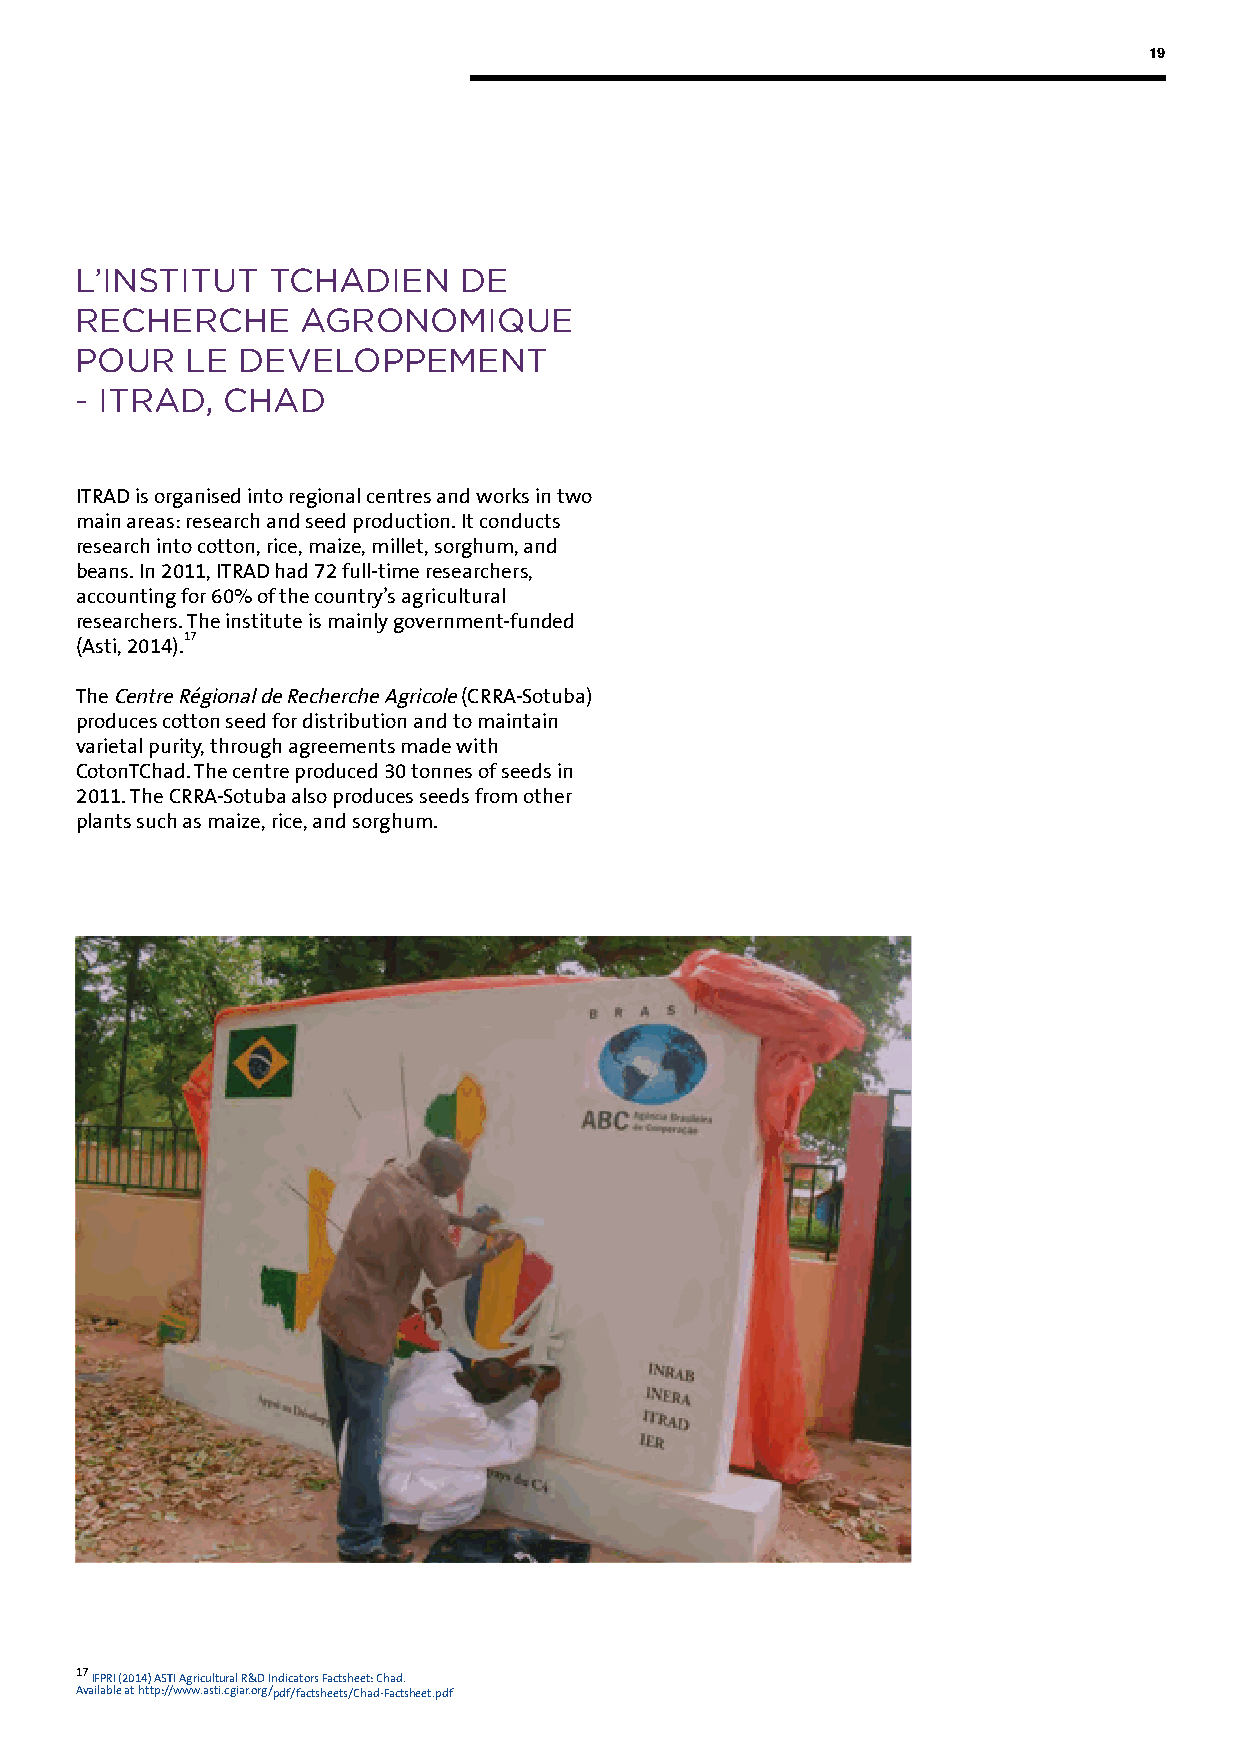
19
 L’INSTITUT   TCHADIEN    DE
 RECHERCHE      AGRONOMIQUE
 POUR   LE  DEVELOPPEMENT
 - ITRAD,  CHAD
 ITRAD is organised into regional centres and works in two
 main areas: research and seed production. It conducts
 research into cotton, rice, maize, millet, sorghum, and
 beans. In 2011, ITRAD had 72 full-time researchers,
 accounting for 60% of the country’s agricultural
 researchers. The institute is mainly government-funded
 (Asti, 2014).17
 The Centre Régional de Recherche Agricole (CRRA-Sotuba)
 produces cotton seed for distribution and to maintain
 varietal purity, through agreements made with
 CotonTChad. The centre produced 30 tonnes of seeds in
 2011. The CRRA-Sotuba also produces seeds from other
 plants such as maize, rice, and sorghum.
 17
 IFPRI (2014) ASTI Agricultural R&D Indicators Factsheet: Chad.
 Available at http://www.asti.cgiar.org/pdf/factsheets/Chad-Factsheet.pdf